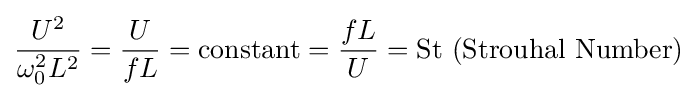
{\dfrac {U^{2}}{\omega _{0}^{2}L^{2}}}={\dfrac {U}{fL}}={\text{constant}}={\dfrac {fL}{U}}={\text{St (Strouhal Number)}}